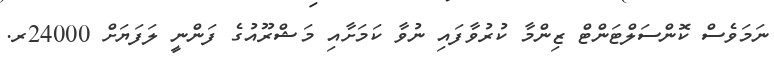
ނަމަވެސް ކޮންސަލްޓަންޓް ޒިންމާ ކުރުވާފައި ނުވާ ކަމަށާއި މަޝްރޫއުގެ ފަންނީ ލަފަޔަށް 24000ރ.